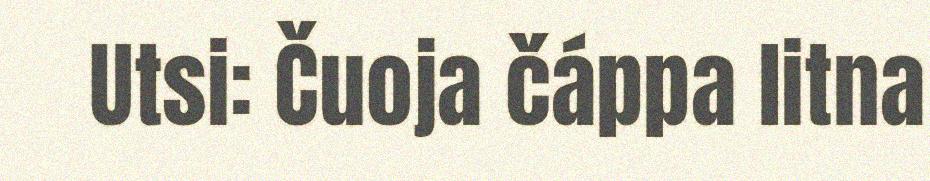
Utsi: Čuoja čáppa litna